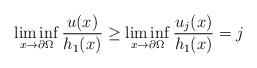
\begin{align*}\liminf_{x\to\partial\Omega}\frac{u(x)}{h_1(x)}\geq\liminf_{x\to\partial\Omega}\frac{u_j(x)}{h_1(x)}=j\end{align*}